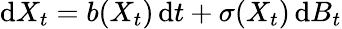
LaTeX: \mathrm{d}X_{t}=b(X_{t})\, \mathrm{d}t+\sigma(X_{t})\, \mathrm{d}B_{t}